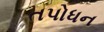
તપોધન